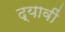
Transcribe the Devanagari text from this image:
द्यावीं